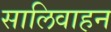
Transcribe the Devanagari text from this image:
सालिवाहन